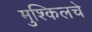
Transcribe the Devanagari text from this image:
मुश्किलचे